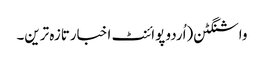
واشنگٹن(اُردو پوائنٹ اخبارتازہ ترین۔